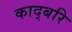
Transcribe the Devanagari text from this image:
काद्बरि